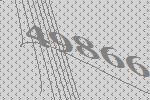
49866